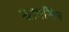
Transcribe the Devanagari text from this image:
खामसिन